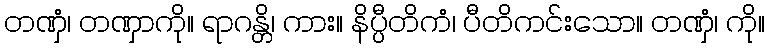
တဏှံ၊ တဏှာကို။ ရာဂန္တိ၊ ကား။ နိပ္ပီတိကံ၊ ပီတိကင်းသော။ တဏှံ၊ ကို။